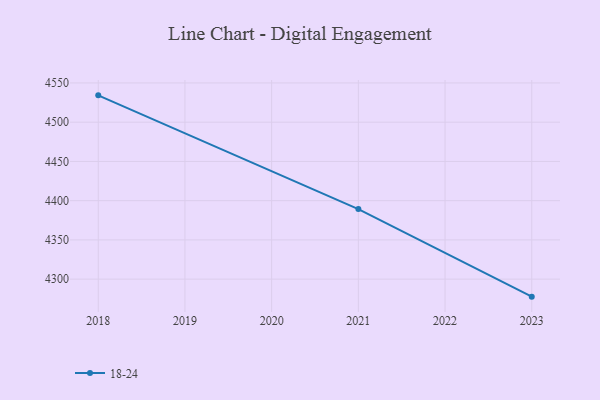
{"axis": {"x": "Year", "y": "Energy Usage (MWh)"}, "legend": ["18-24"], "data": [{"x": "2023", "y": 4277.7, "type": "18-24"}, {"x": "2021", "y": 4389.3, "type": "18-24"}, {"x": "2018", "y": 4534.2, "type": "18-24"}]}